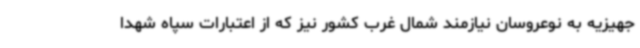
جهیزیه به نوعروسان نیازمند شمال غرب کشور نیز که از اعتبارات سپاه شهدا